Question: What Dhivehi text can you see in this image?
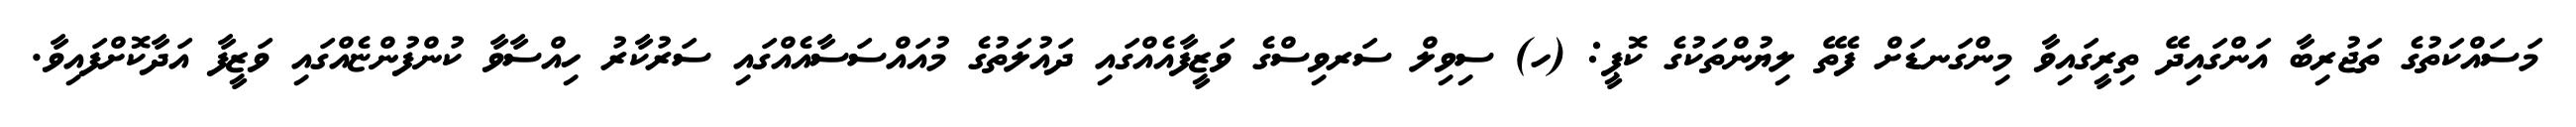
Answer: މަސައްކަތުގެ ތަޖުރިބާ އަންގައިދޭ ތިރީގައިވާ މިންގަނޑަށް ފެތޭ ލިޔުންތަކުގެ ކޮޕީ: (ހ) ސިވިލް ސަރވިސްގެ ވަޒީފާއެއްގައި ދައުލަތުގެ މުއައްސަސާއެއްގައި ސަރުކާރު ހިއްސާވާ ކުންފުންޏެއްގައި ވަޒީފާ އަދާކޮށްފައިވާ.